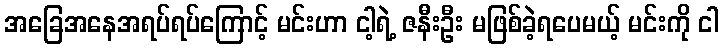
အခြေအနေအရပ်ရပ်ကြောင့် မင်းဟာ ငါ့ရဲ့ ဇနီးဦး မဖြစ်ခဲ့ရပေမယ့် မင်းကို ငါ